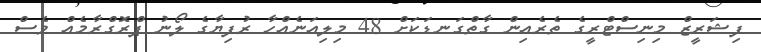
ފިޝަރީޒް މިނިސްޓްރީގެ ތެރެއިން ގާތްގަނޑަކަށް 48 މިލިއަނެއްހާ ރުފިޔާގެ ލޯނު ޕްރޮގްރާމެއް ވެސް